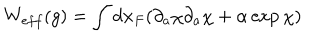
W _ { e f f } ( g ) = \int d { \bf x } _ { F } ( \partial _ { a } \chi \partial _ { a } \chi + \alpha \exp \chi )